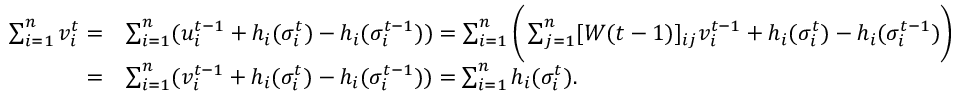
\begin{array} { r l } { \sum _ { i = 1 } ^ { n } v _ { i } ^ { t } = } & { \sum _ { i = 1 } ^ { n } ( u _ { i } ^ { t - 1 } + h _ { i } ( \sigma _ { i } ^ { t } ) - h _ { i } ( \sigma _ { i } ^ { t - 1 } ) ) = \sum _ { i = 1 } ^ { n } \bigg ( \sum _ { j = 1 } ^ { n } [ W ( t - 1 ) ] _ { i j } v _ { i } ^ { t - 1 } + h _ { i } ( \sigma _ { i } ^ { t } ) - h _ { i } ( \sigma _ { i } ^ { t - 1 } ) \bigg ) } \\ { = } & { \sum _ { i = 1 } ^ { n } ( v _ { i } ^ { t - 1 } + h _ { i } ( \sigma _ { i } ^ { t } ) - h _ { i } ( \sigma _ { i } ^ { t - 1 } ) ) = \sum _ { i = 1 } ^ { n } h _ { i } ( \sigma _ { i } ^ { t } ) . } \end{array}